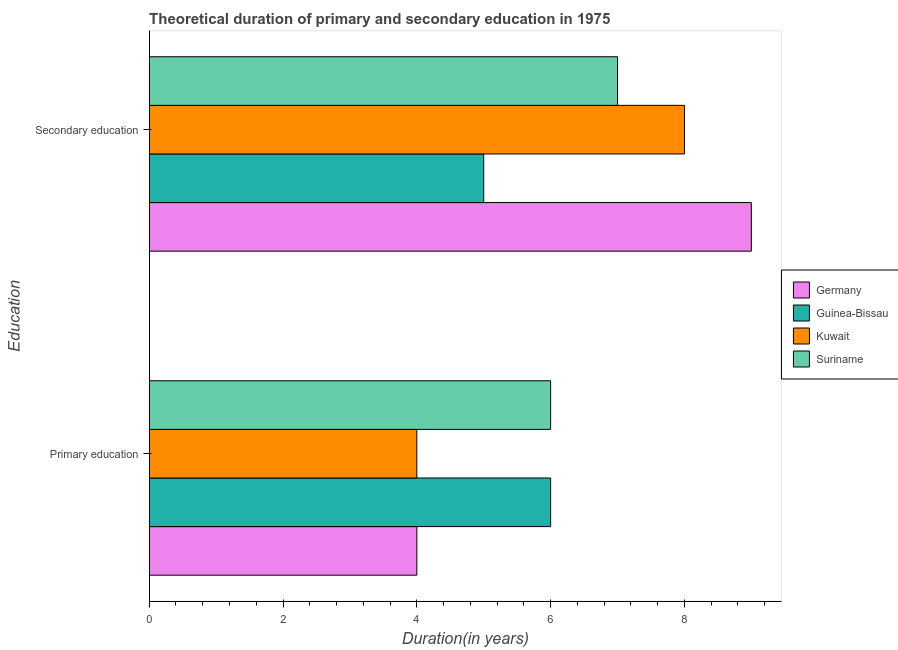
| Education | Germany | Guinea-Bissau | Kuwait | Suriname |
 | --- | --- | --- | --- | --- |
 | Primary education | 4 | 6 | 4 | 6 |
 | Secondary education | 9 | 5 | 8 | 7 |